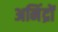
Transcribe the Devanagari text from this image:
अनिंद्रों